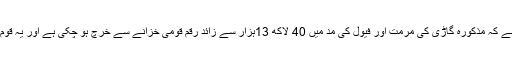
ریاض راہی نے درخواست میں مزید لکھا ہے کہ مذکورہ گاڑی کی مرمت اور فیول کی مد میں 40 لاکھ 13ہزار سے زائد رقم قومی خزانے سے خرچ ہو چکی ہے اور یہ قوم کا پیسہ قومی خزانہ کو واپس دلایا جائے ۔